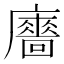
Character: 𢋾